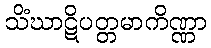
သိံဃာဋိပတ္တမာကိဏ္ဏာ